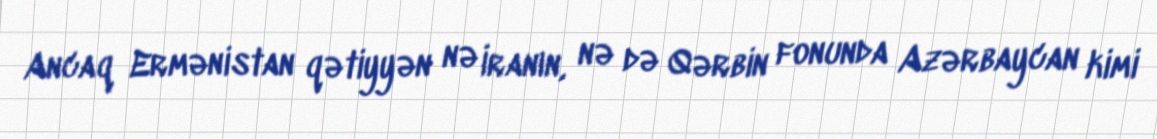
Ancaq Ermənistan qətiyyən nə İranın, nə də Qərbin fonunda Azərbaycan kimi